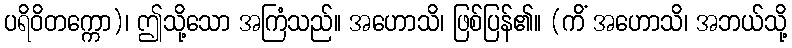
ပရိဝိတက္ကော)၊ ဤသို့သော အကြံသည်။ အဟောသိ၊ ဖြစ်ပြန်၏။ (ကိံ အဟောသိ၊ အဘယ်သို့